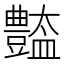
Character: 𧰚